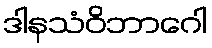
ဒါနသံဝိဘာဂေါ